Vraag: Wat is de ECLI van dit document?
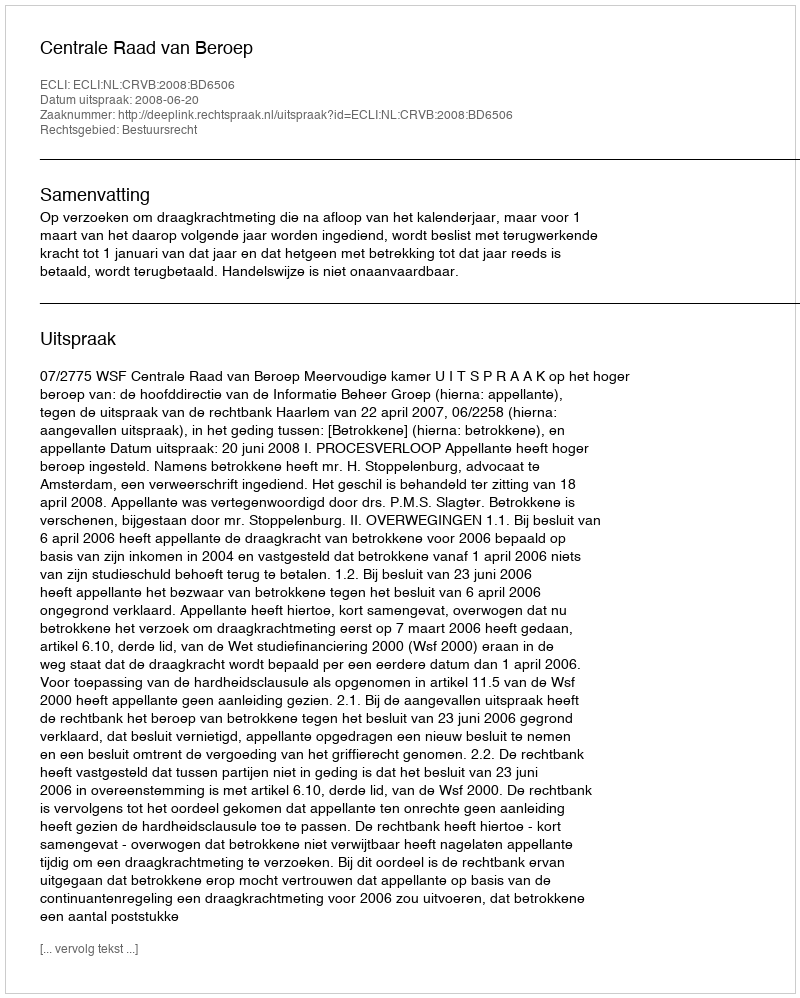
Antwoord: ECLI:NL:CRVB:2008:BD6506